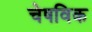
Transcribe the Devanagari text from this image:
चेषविक